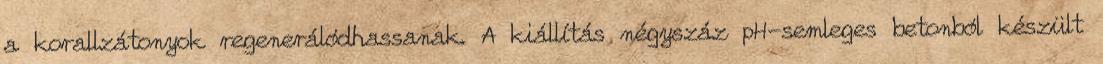
a korallzátonyok regenerálódhassanak. A kiállítás négyszáz pH-semleges betonból készült